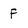
Character: f